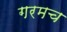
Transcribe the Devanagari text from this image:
गरमच